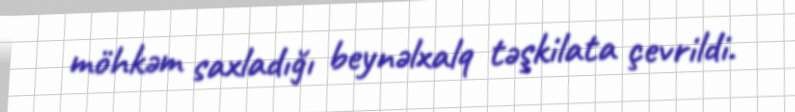
möhkəm saxladığı beynəlxalq təşkilata çevrildi.